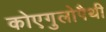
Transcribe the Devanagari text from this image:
कोएगुलोपैथी